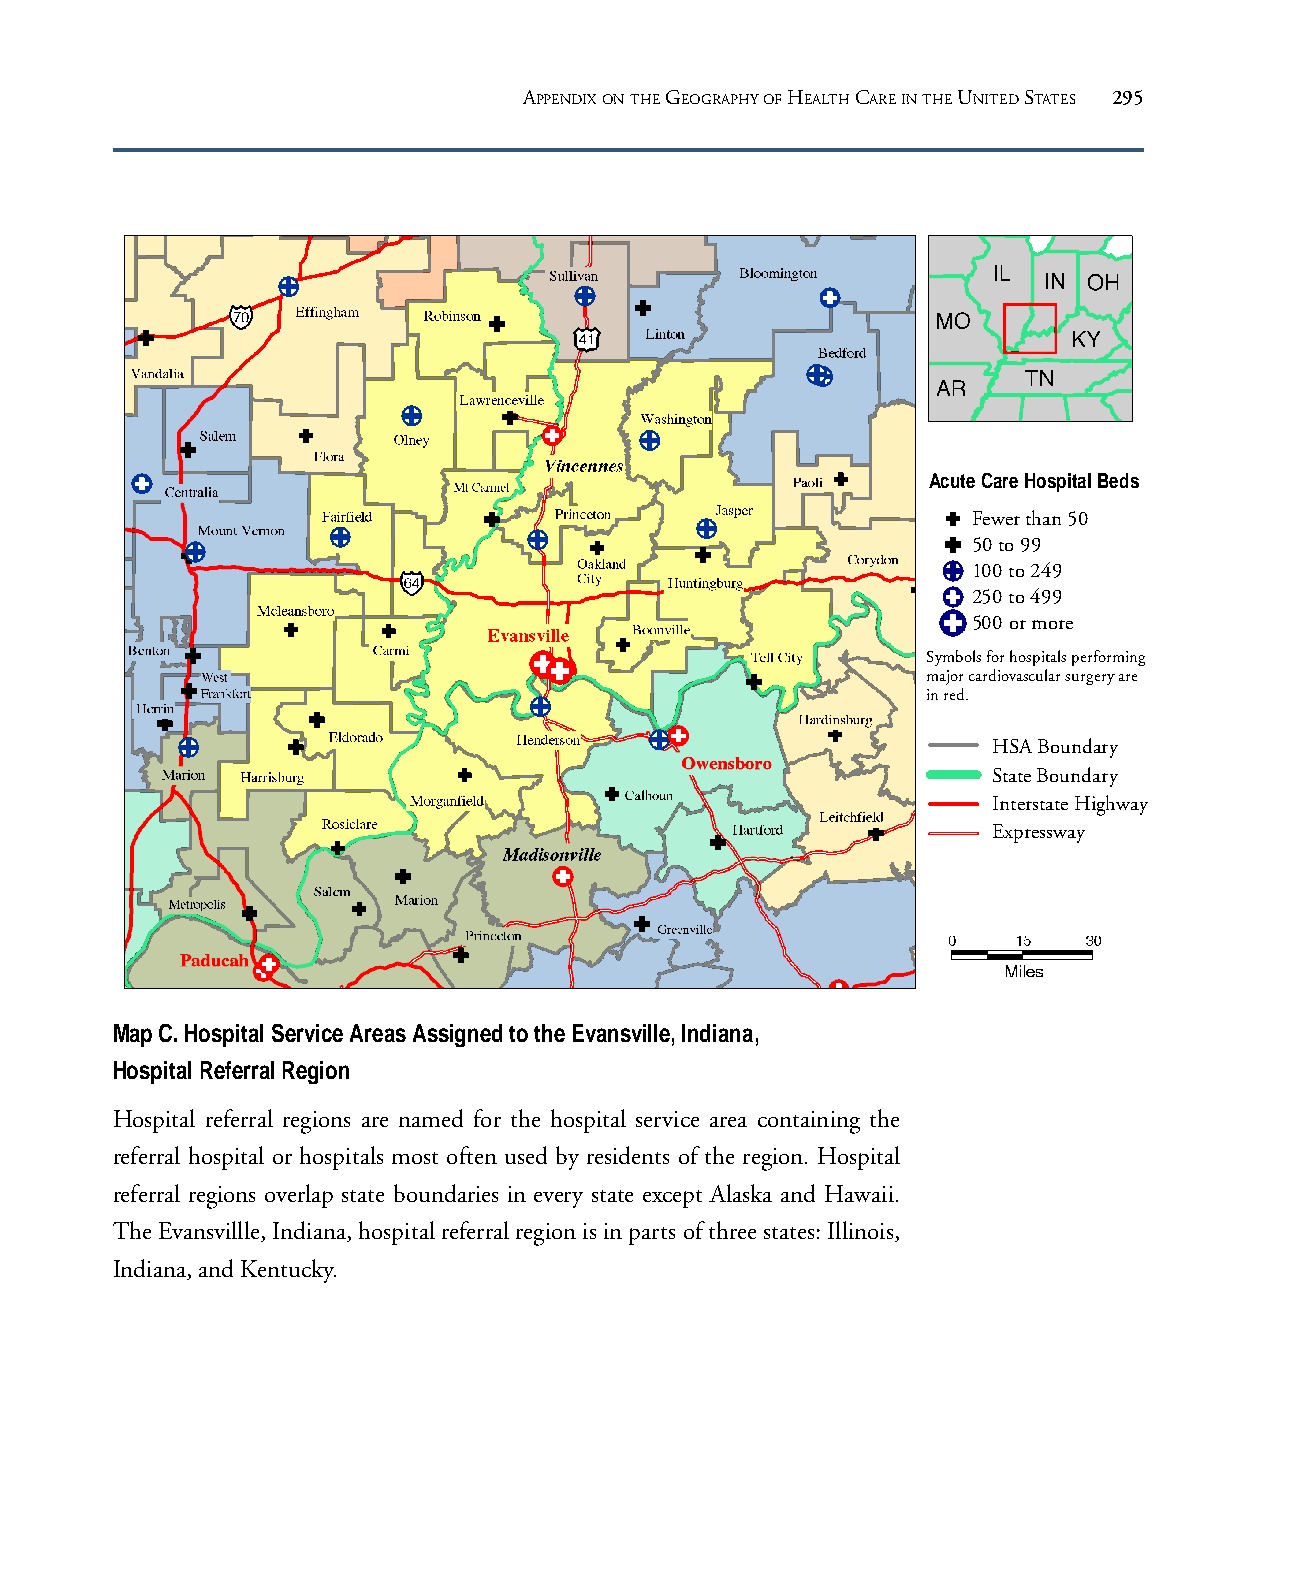
APPENDIX ON THE GEOGRAPHY OF HEALTH CARE IN THE UNITED STATES 295
 Acute Care Hospital Beds
 Fewer than 50
 50 to 99
 100 to 249
 250 to 499
 500 or more
 Symbols for hospitals performing
 major cardiovascular surgery are
 in red.
 HSA Boundary
 State Boundary
 Interstate Highway
 Expressway
 Map C. Hospital Service Areas Assigned to the Evansville, Indiana,
 Hospital Referral Region
 Hospital referral regions are named for the hospital service area containing the
 referral hospital or hospitals most often used by residents of the region. Hospital
 referral regions overlap state boundaries in every state except Alaska and Hawaii.
 The Evansvillle, Indiana, hospital referral region is in parts of three states: Illinois,
 Indiana, and Kentucky.